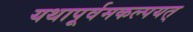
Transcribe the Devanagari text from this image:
यथापूर्वमकल्पयत्